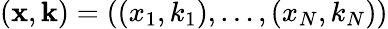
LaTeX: (\mathbf x,\mathbf k)=((x_{1},k_{1}),\dots,(x_{N},k_{N}))